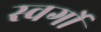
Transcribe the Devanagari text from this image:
स्वर्गो